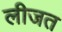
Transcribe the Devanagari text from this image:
लीजत